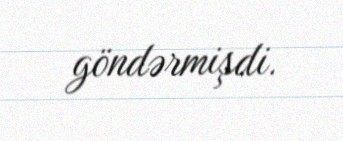
göndərmişdi.